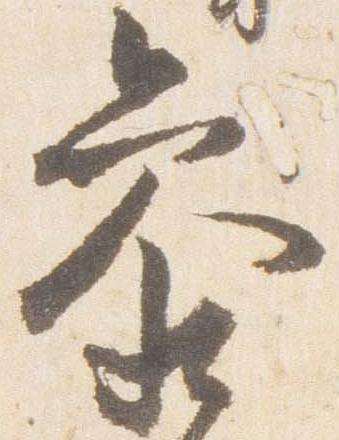
参